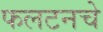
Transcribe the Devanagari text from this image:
फलटनचे